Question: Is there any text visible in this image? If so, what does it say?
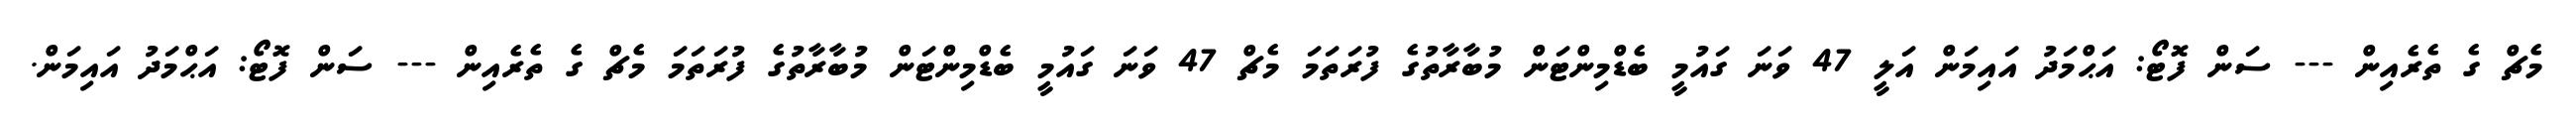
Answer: މެޗް ގެ ތެރެއިން --- ސަން ފޮޓޯ: އަޙްމަދު އައިމަން އަލީ 47 ވަނަ ގައުމީ ބެޑްމިންޓަން މުބާރާތުގެ ފުރަތަމަ މެޗް 47 ވަނަ ގައުމީ ބެޑްމިންޓަން މުބާރާތުގެ ފުރަތަމަ މެޗް ގެ ތެރެއިން --- ސަން ފޮޓޯ: އަޙްމަދު އައިމަން.